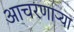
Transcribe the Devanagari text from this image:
आचरणाऱ्या